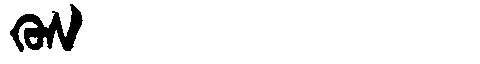
Manchu: ᡴᡠᠰ
Romanization: KUS